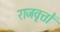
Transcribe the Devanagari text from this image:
राजवृत्तों